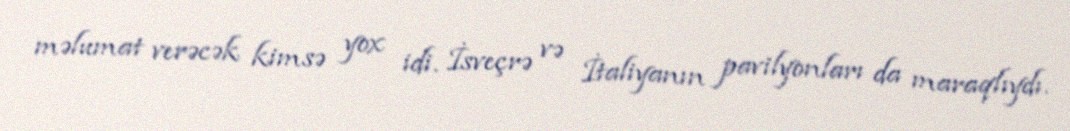
məlumat verəcək kimsə yox idi. İsveçrə və İtaliyanın pavilyonları da maraqlıydı.